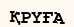
ҚРҮҒА